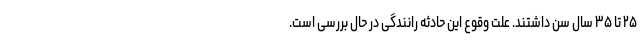
۲۵ تا ۳۵ سال سن داشتند. علت وقوع این حادثه رانندگی در حال بررسی است.